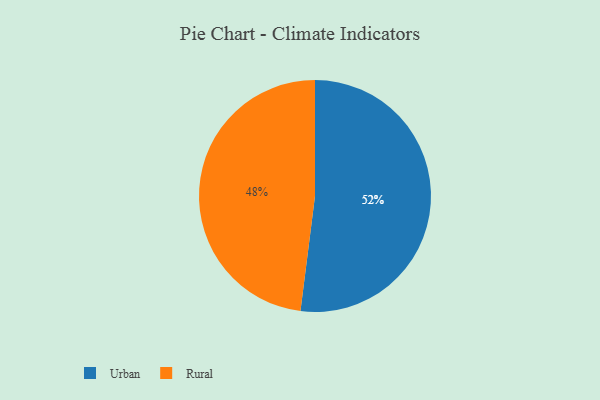
{"axis": {"x": "Category", "y": "Percentage"}, "legend": ["Rural", "Urban"], "data": [{"x": "Rural", "y": 48, "type": "Rural"}, {"x": "Urban", "y": 52, "type": "Urban"}]}